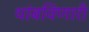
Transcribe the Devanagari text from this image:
थांबविणारी